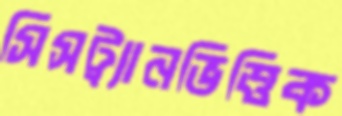
সিসট্র্যানভিত্তিক